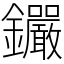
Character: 𨰫